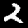
Label: 2